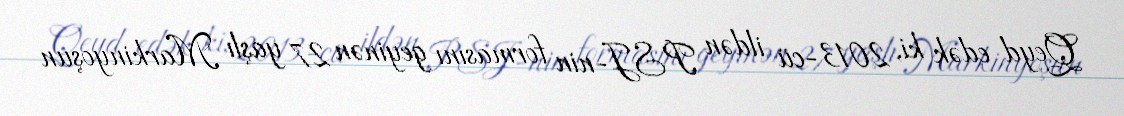
Qeyd edək ki, 2013-cü ildən PSJ-nin formasını geyinən 27 yaşlı Markinyoşun